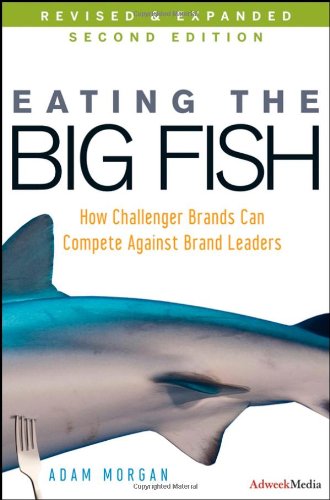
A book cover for Eating the Big Fish: How Challenger Brands Can Compete Against Brand Leaders; Adam Morgan; Business & Money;